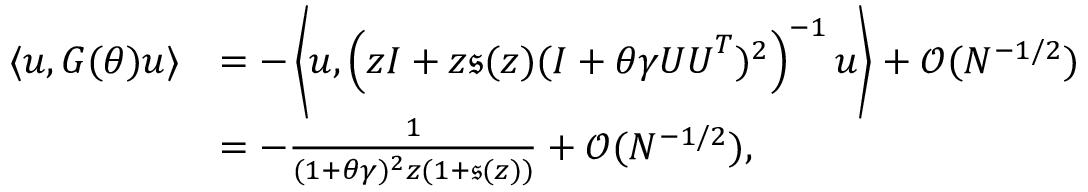
\begin{array} { r l } { \langle { \boldsymbol u } , G ( \theta ) { \boldsymbol u } \rangle } & { = - \left\langle { \boldsymbol u } , \left( z I + z \mathfrak { s } ( z ) ( I + \theta \gamma { \boldsymbol U } { \boldsymbol U } ^ { T } ) ^ { 2 } \right) ^ { - 1 } { \boldsymbol u } \right\rangle + { \mathcal O } ( N ^ { - 1 / 2 } ) } \\ & { = - \frac { 1 } { ( 1 + \theta \gamma ) ^ { 2 } z ( 1 + \mathfrak { s } ( z ) ) } + { \mathcal O } ( N ^ { - 1 / 2 } ) , } \end{array}